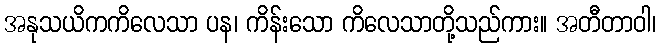
အနုသယိကကိလေသာ ပန၊ ကိန်းသော ကိလေသာတို့သည်ကား။ အတီတာဝါ၊